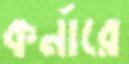
কর্নারে